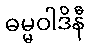
ဓမ္မဝါဒိနီ